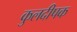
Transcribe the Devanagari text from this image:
कुलदीपक